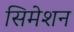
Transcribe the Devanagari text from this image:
सिमेशन